Scottish Leaving Certificate Examination, 1961
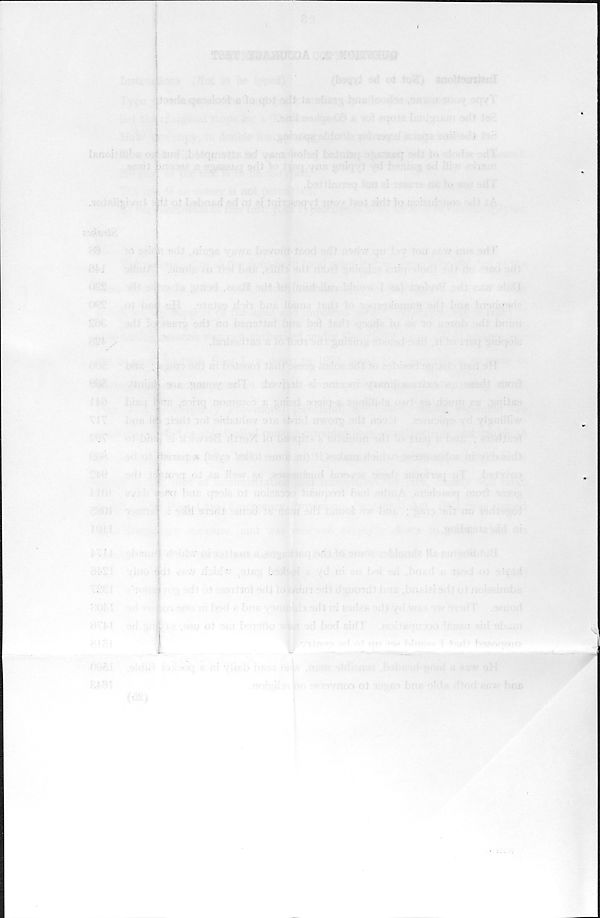
■
.
.
■ '
, f ;; ‘i -
■ zmllm’ikv:
■
. i
■ ' '
'm.C;; . :
-i’;
^
■
4".
; irK^' ; :;rvl
yd I ]'<:>
>' ■ dd id,
' •
.
.
'
'
■ .ft ,
' d
, '/Tl'jf’ i\ ' r itdP dr . . , ; r:-: ).!'!' ~f *( 9hi}|
'
(
"
.